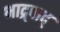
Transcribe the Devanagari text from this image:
भाद्र्पाद्